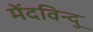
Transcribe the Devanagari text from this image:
मेंदविन्दु